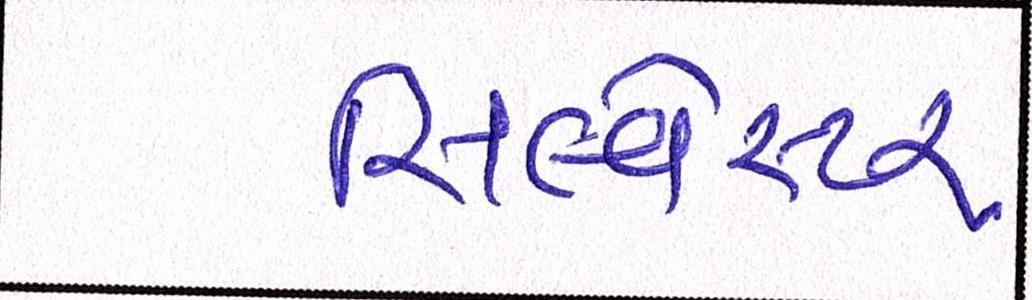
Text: સિલ્વેસ્ટર